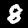
Digit: 8